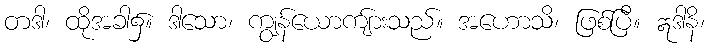
တဒါ၊ ထိုအခါ၌။ ဒါသော၊ ကျွန်ယောကျ်ားသည်။ အဟောသိ၊ ဖြစ်ပြီ။ ဣဒါနိ၊